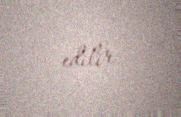
edilir.